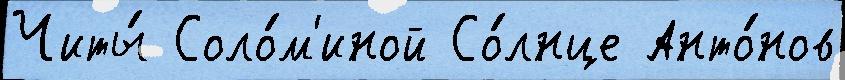
Читы́ Соло́м'иной Со́лнце Анто́нов